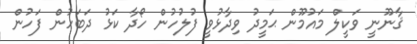
ޤާނޫނީ ވަކީލް މައުމޫން ޙަމީދު ވިދާޅުވީ ފުލުހުން ހޯދާ ކަޅު ދަބަހުން ފަހުން